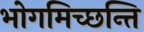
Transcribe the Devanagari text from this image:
भोगमिच्छन्ति